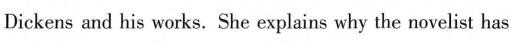
Dickens and his works. She explains why the novelist has